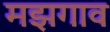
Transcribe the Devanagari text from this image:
मझगाव